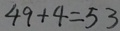
4 9 + 4 = 5 3